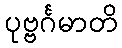
ပုဗ္ဗင်္ဂမာတိ